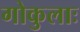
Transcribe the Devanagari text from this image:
गोकुलाः